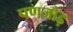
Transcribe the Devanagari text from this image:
पणजोड़